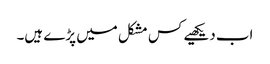
اب دیکھیے کس مشکل میں پڑے ہیں۔